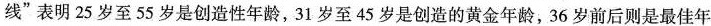
线”表明25岁至55岁是创造性年龄，31岁至45岁是创造的黄金年龄，36岁前后则是最佳年